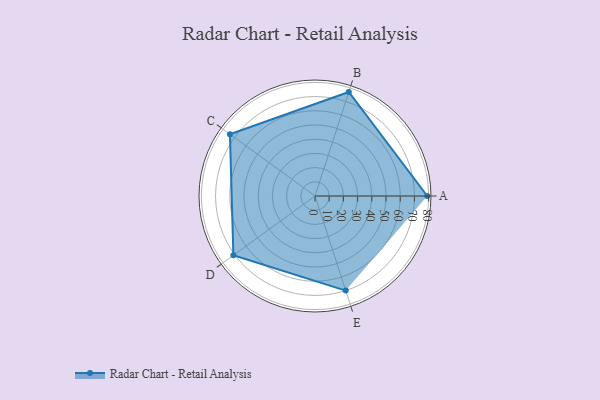
{"axis": {"x": "Skill", "y": "Score"}, "legend": ["Profile"], "data": [{"x": "A", "y": 79.0, "type": "Profile"}, {"x": "B", "y": 77.0, "type": "Profile"}, {"x": "C", "y": 74.0, "type": "Profile"}, {"x": "D", "y": 71.0, "type": "Profile"}, {"x": "E", "y": 70.0, "type": "Profile"}]}